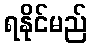
ရနိုင်မည်